Treatise on elephants
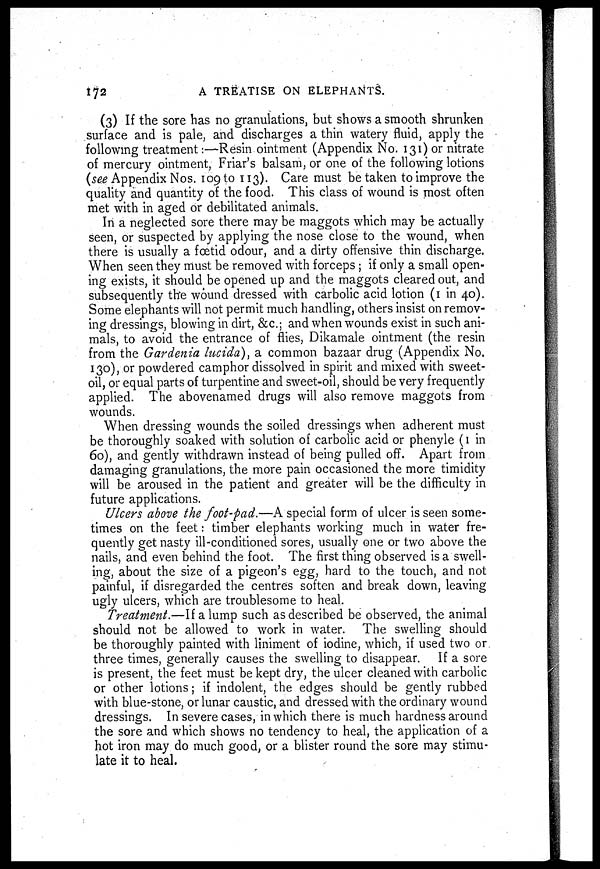
172
A TREATISE ON ELEPHANTS.
(3) If the sore has no granulations, but shows a smooth shrunken
surface and is pale, and discharges a thin watery fluid, apply the
following treatment:—Resin ointment (Appendix No. 131) or nitrate
of mercury ointment, Friar's balsam, or one of the following lotions
(see Appendix Nos. 109 to 113). Care must be taken to improve the
quality and quantity of the food. This class of wound is most often
met with in aged or debilitated animals.
In a neglected sore there may be maggots which may be actually
seen, or suspected by applying the nose close to the wound, when
there is usually a foetid odour, and a dirty offensive thin discharge.
When seen they must be removed with forceps ; if only a small open-
ing exists, it should be opened up and the maggots cleared out, and
subsequently the wound dressed with carbolic acid lotion (1 in 40).
Some elephants will not permit much handling, others insist on remov-
ing dressings, blowing in dirt, &c.; and when wounds exist in such ani-
mals, to avoid the entrance of flies, Dikamale ointment (the resin
from the Gardenia lucida), a common bazaar drug (Appendix No.
130), or powdered camphor dissolved in spirit and mixed with sweet-
oil, or equal parts of turpentine and sweet-oil, should be very frequently
applied. The abovenamed drugs will also remove maggots from
wounds.
When dressing wounds the soiled dressings when adherent must
be thoroughly soaked with solution of carbolic acid or phenyle (1 in
60), and gently withdrawn instead of being pulled off. Apart from
damaging granulations, the more pain occasioned the more timidity
will be aroused in the patient and greater will be the difficulty in
future applications.
Ulcers above the foot-pad.—A special form of ulcer is seen some-
times on the feet: timber elephants working much in water fre-
quently get nasty ill-conditioned sores, usually one or two above the
nails, and even behind the foot. The first thing observed is a swell-
ing, about the size of a pigeon's egg, hard to the touch, and not
painful, if disregarded the centres soften and break down, leaving
ugly ulcers, which are troublesome to heal.
Treatment.—If a lump such as described be observed, the animal
should not be allowed to work in water. The swelling should
be thoroughly painted with liniment of iodine, which, if used two or
three times, generally causes the swelling to disappear. If a sore
is present, the feet must be kept dry, the ulcer cleaned with carbolic
or other lotions; if indolent, the edges should be gently rubbed
with blue-stone, or lunar caustic, and dressed with the ordinary wound
dressings. In severe cases, in which there is much hardness around
the sore and which shows no tendency to heal, the application of a
hot iron may do much good, or a blister round the sore may stimu-
late it to heal.